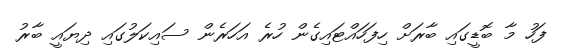
ފަހު މާ ބޮޑީގައި ބާރަށް ހިފަހައްޓައިގެން ހުރެ އަހަރެން ސައިކަލުގައި ދިޔައީ ބާރު